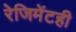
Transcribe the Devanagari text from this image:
रेजिमेंटही